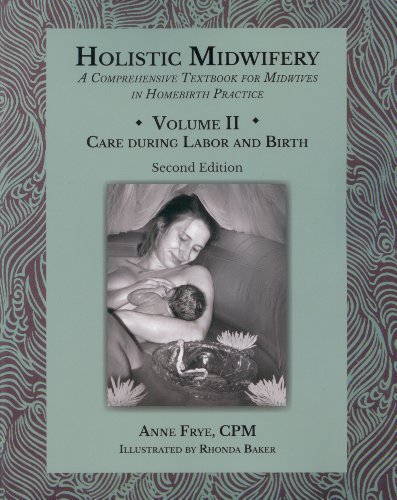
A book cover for Holistic Midwifery: A Comprehensive Textbook for Midwives in Homebirth Practice, Vol. 2: Care of the Mother and Baby from the Onset of Labor Through the First Hours After Birth; Anne Frye; Medical Books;